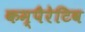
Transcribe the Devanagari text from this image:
कम्पैरेटिव